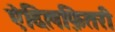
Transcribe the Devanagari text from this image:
ऐदिलफ़ितरी